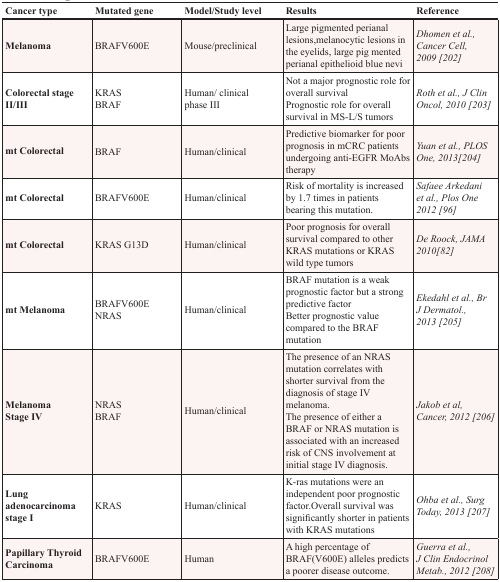
<table><thead><tr><td><b>Cancer type</b></td><td><b>Mutated gene</b></td><td><b>Model/Study level</b></td><td><b>Results</b></td><td><b>Reference</b></td></tr></thead><tbody><tr><td><b>Melanoma</b></td><td>BRAFV600E</td><td>Mouse/preclinical</td><td>Large pigmented perianal lesions,melanocytic lesions in the eyelids, large pig mented perianal epithelioid blue nevi</td><td><i>Dhomen et al., Cancer Cell, 2009 [202]</i></td></tr><tr><td><b>Colorectal stage II/III</b></td><td>KRASBRAF</td><td>Human/clinical phase III</td><td>Not a major prognostic role for overall survivalPrognostic role for overall survival in MS-L/S tumors</td><td><i>Roth et al., J Clin Oncol, 2010 [203]</i></td></tr><tr><td><b>mt Colorectal</b></td><td>BRAF</td><td>Human/clinical</td><td>Predictive biomarker for poor prognosis in mCRC patients undergoing anti-EGFR MoAbs therapy</td><td><i>Yuan et al., PLOS One, 2013[204]</i></td></tr><tr><td><b>mt Colorectal</b></td><td>BRAFV600E</td><td>Human/clinical</td><td>Risk of mortality is increased by 1.7 times in patients bearing this mutation.</td><td><i>Safaee Arkedani et al., Plos One 2012 [96]</i></td></tr><tr><td><b>mt Colorectal</b></td><td>KRAS G13D</td><td>Human/clinical</td><td>Poor prognosis for overall survival compared to other KRAS mutations or KRAS wild type tumors</td><td><i>De Roock, JAMA 2010[82]</i></td></tr><tr><td><b>mt Melanoma</b></td><td>BRAFV600ENRAS</td><td>Human/clinical</td><td>BRAF mutation is a weak prognostic factor but a strong predictive factorBetter prognostic value compared to the BRAF mutation</td><td><i>Ekedahl et al., Br J Dermatol., 2013 [205]</i></td></tr><tr><td><b>Melanoma Stage IV</b></td><td>NRASBRAF</td><td>Human/clinical</td><td>The presence of an NRAS mutation correlates with shorter survival from the diagnosis of stage IV melanoma. The presence of either a BRAF or NRAS mutation is associated with an increased risk of CNS involvement at initial stage IV diagnosis.</td><td><i>Jakob et al, Cancer, 2012 [206]</i></td></tr><tr><td><b>Lung adenocarcinoma stage I</b></td><td>KRAS</td><td>Human/clinical</td><td>K-ras mutations were an independent poor prognostic factor. Overall survival was significantly shorter in patients with KRAS mutations</td><td><i>Ohba et al., Surg Today, 2013 [207]</i></td></tr><tr><td><b>Papillary Thyroid Carcinoma</b></td><td>BRAFV600E</td><td>Human</td><td>A high percentage of BRAF(V600E) alleles predicts a poorer disease outcome.</td><td><i>Guerra et al., J Clin Endocrinol Metab., 2012 [208]</i></td></tr></tbody></table>